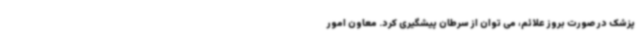
پزشک در صورت بروز علائم، می توان از سرطان پیشگیری کرد. معاون امور